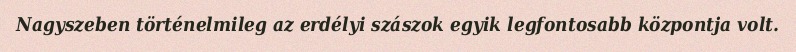
Nagyszeben történelmileg az erdélyi szászok egyik legfontosabb központja volt.